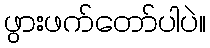
ဖွားဖက်တော်ပါပဲ။